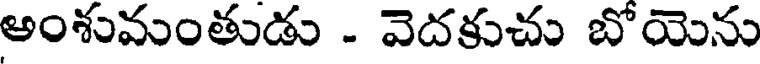
అంశువుంతుడు - వెదకుచు బోయెను